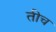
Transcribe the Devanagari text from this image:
तीच